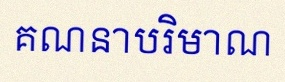
គណនាបរិមាណ